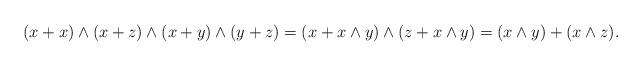
LaTeX: \begin{align*}(x+x)\wedge (x+z)\wedge (x+y)\wedge (y+z)=(x+x\wedge y)\wedge(z+x\wedge y)=(x\wedge y)+(x\wedge z).\end{align*}